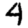
Digit: 4